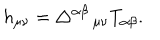
h _ { \mu \nu } = \triangle ^ { \alpha \beta } \, _ { \mu \nu } T _ { \alpha \beta } .